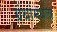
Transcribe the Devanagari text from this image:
ग्रंथांमधला